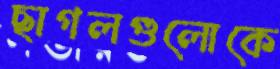
ছাগলগুলোকে